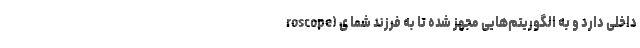
roscope) داخلی دارد و به الگوریتم‌هایی مجهز شده تا به فرزند شما ی